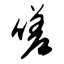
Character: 嗟